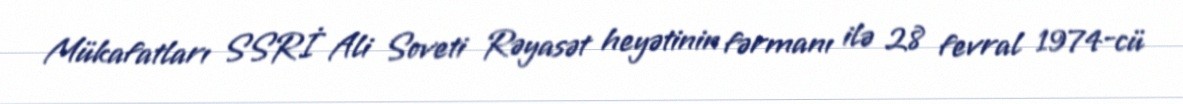
Mükafatları SSRİ Ali Soveti Rəyasət heyətinin fərmanı ilə 28 fevral 1974-cü